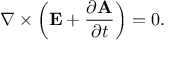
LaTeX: \nabla \times \left( \mathbf { E } + { \frac { \partial \mathbf { A } } { \partial t } } \right) = 0 .